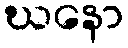
ဃနော